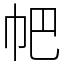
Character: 帊